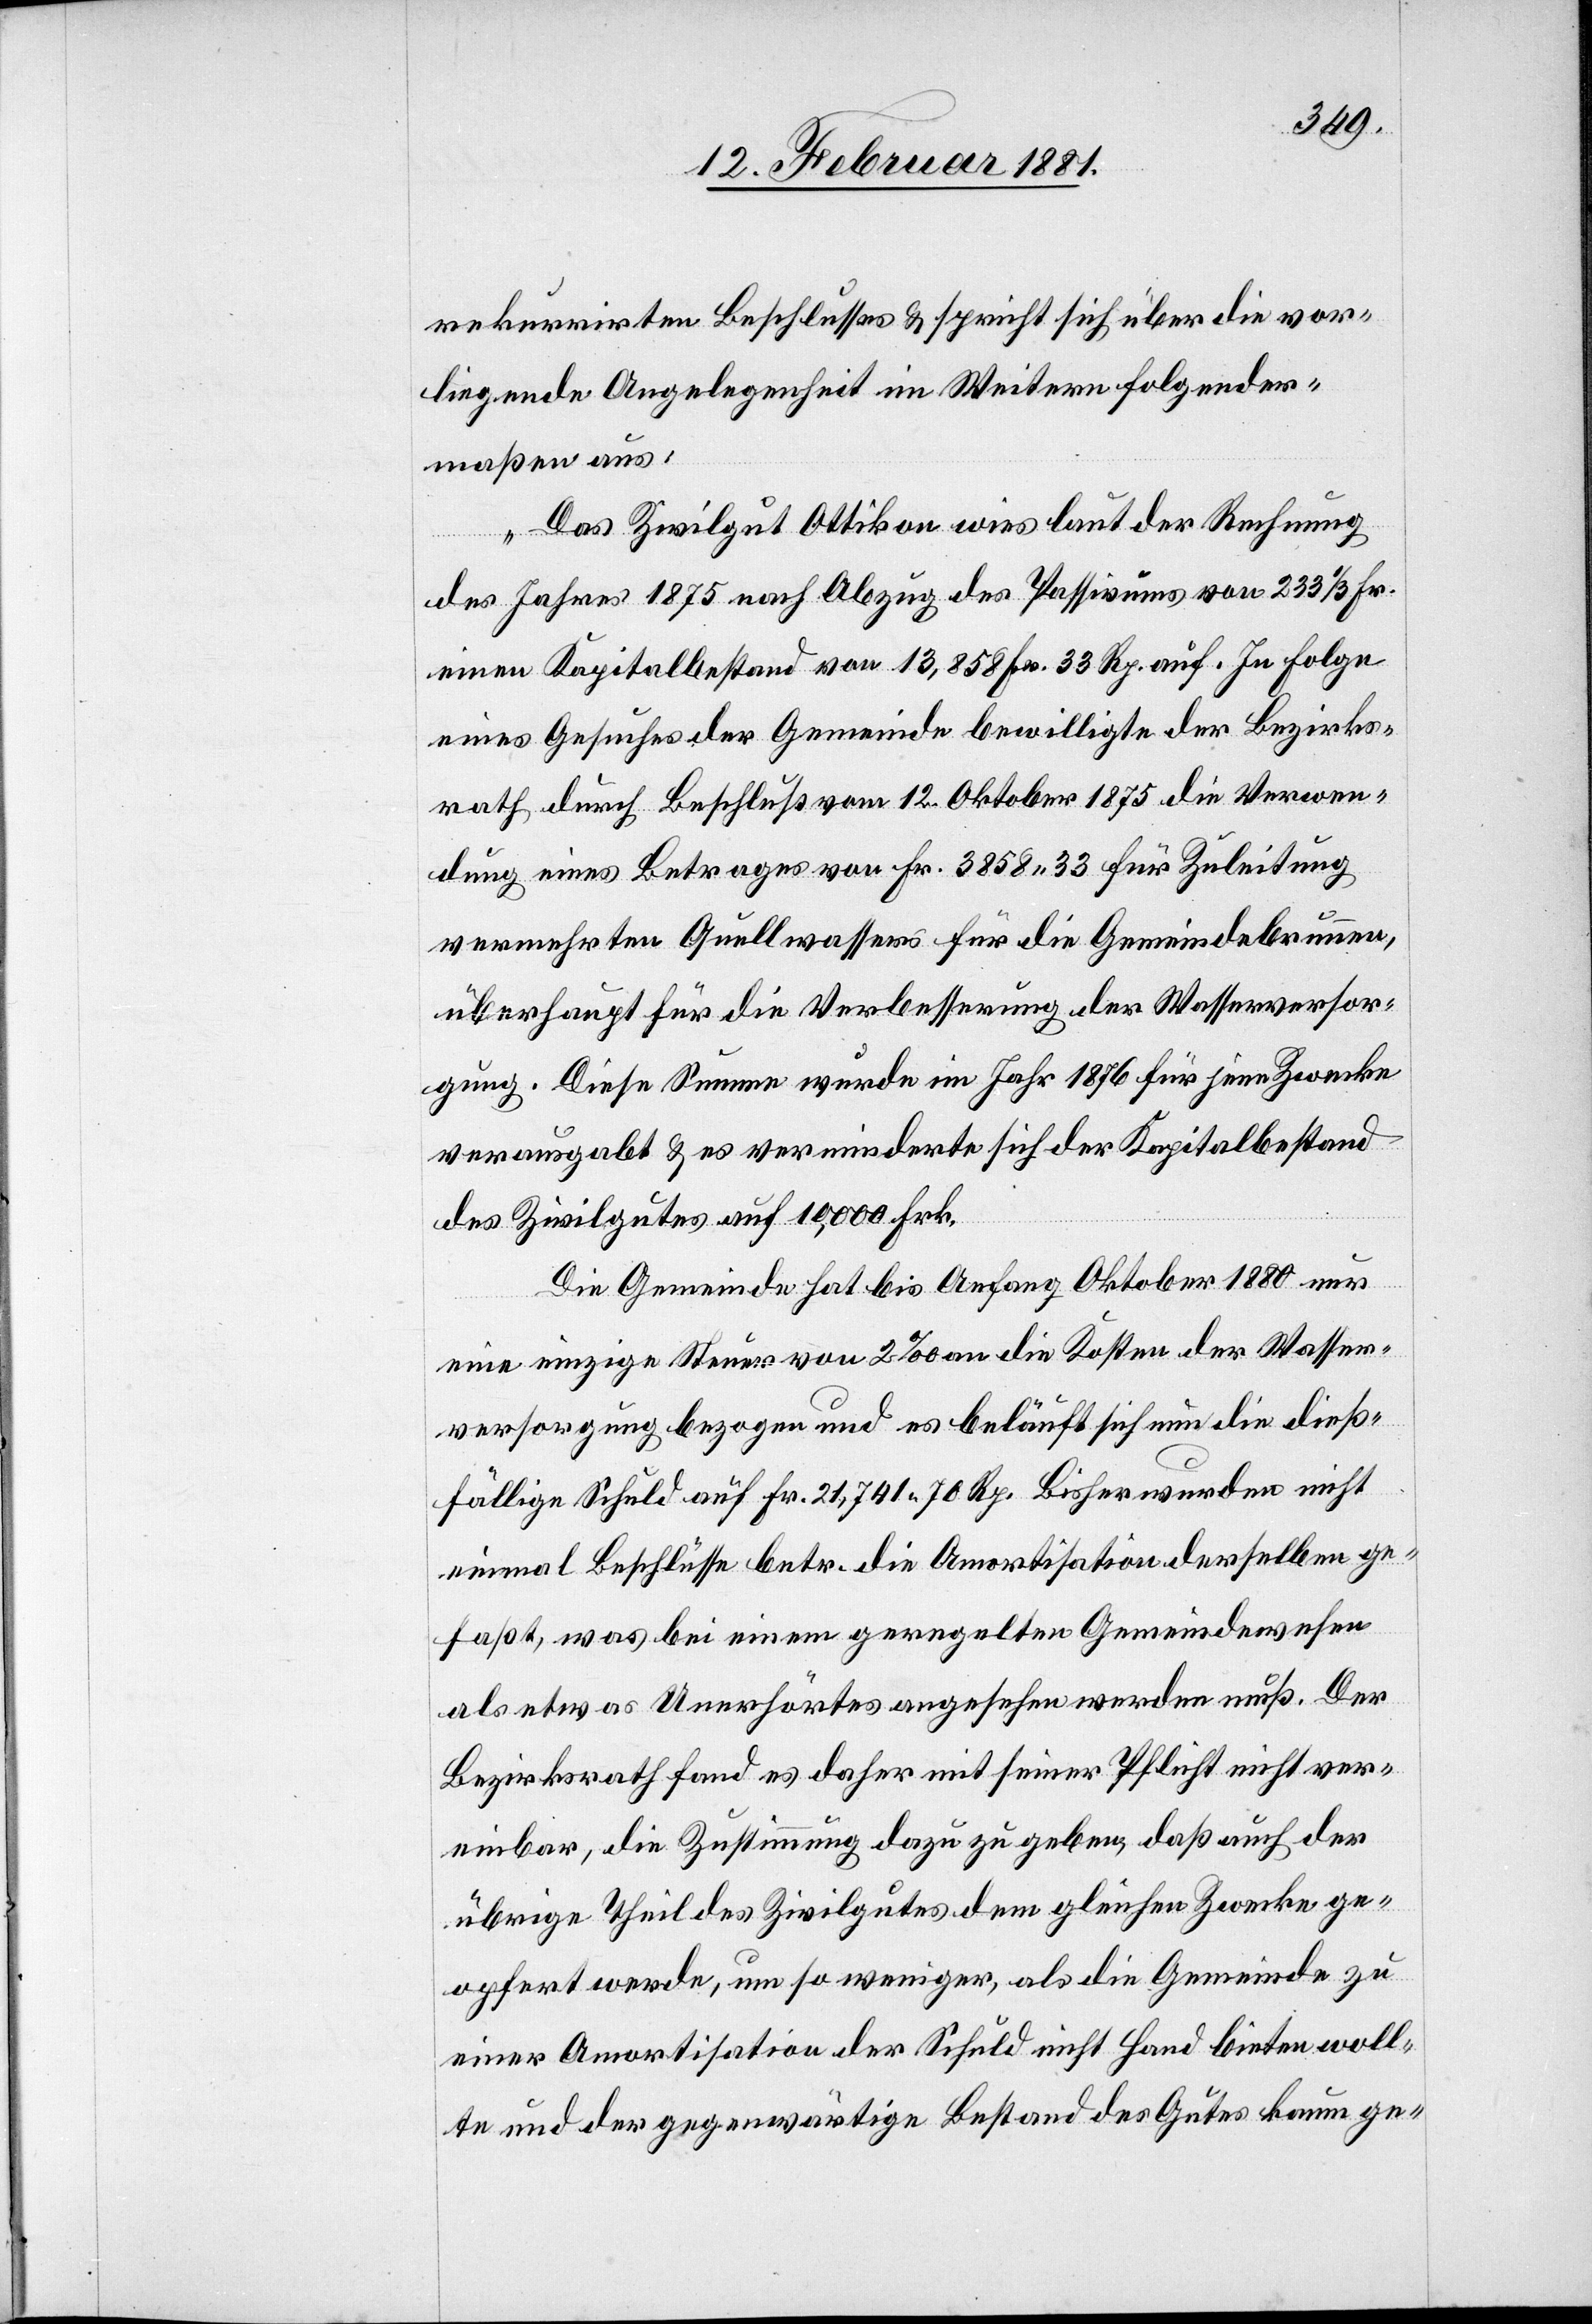
rekurrirten Beschlusses & spricht sich über die vor¬
liegende Angelegenheit im Weitern folgender¬
maßen aus:
„Das Zivilgut Ottikon wies laut der Rechnung
des Jahres 1875 nach Abzug des Passivums von 233 1/3 Fr.
einen Kapitalbestand von 13,858 Fr. 33 Rp. auf. In Folge
eines Gesuches der Gemeinde bewilligte der Bezirks¬
rath durch Beschluß vom 12. Oktober 1875 die Verwen¬
dung eines Betrages von Fr. 3858 33 für Zuleitung
vermehrten Quellwassers für die Gemeindebrunnen,
überhaupt für die Verbesserung der Wasserversor¬
gung. Diese Summe wurde im Jahr 1876 für jene Zwecke
verausgabt & es verminderte sich der kapitalbestand
des Zivilgutes auf 10,000 Frk.
Die Gemeinde hat bis Anfang Oktober 1880 nur
eine einzige Steuer von 2‰ an die Kosten der Wasser¬
versorgung bezogen und es beläuft sich nun die dieß¬
fällige Schuld auf Fr. 21,741 70 Rp. Bisher wurden nicht
einmal Beschlüsse betr. die Amortisation derselben ge¬
faßt, was bei einem geregelten Gemeindewesen
als etwas Unerhörtes angesehen werden muß. Der
Bezirksrath fand es daher mit seiner Pflicht nicht ver¬
einbar, die Zustimmung dazu zu geben, daß auch der
übrige Theil des Zivilgutes dem gleichen Zwecke ge¬
opfert werde, um so weniger, als die Gemeinde zu
einer Amortisation der Schuld nicht Hand bieten woll¬
te und der gegenwärtige Bestand des Gutes kaum ge-